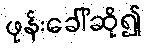
ဖုန်းခေါ်ဆို၍